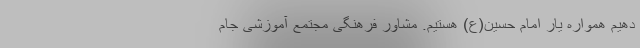
دهیم همواره یار امام حسین(ع) هستیم. مشاور فرهنگی مجتمع آموزشی جام